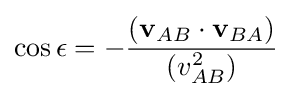
\cos \epsilon =-{\frac {(\mathbf {v} _{AB}\cdot \mathbf {v} _{BA})}{(v_{AB}^{2})}}